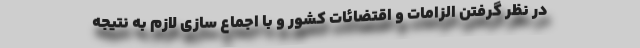
در نظر گرفتن الزامات و اقتضائات کشور و با اجماع سازی لازم به نتیجه